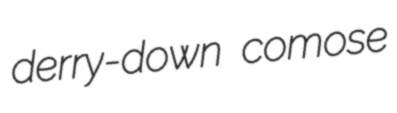
derry-down comose